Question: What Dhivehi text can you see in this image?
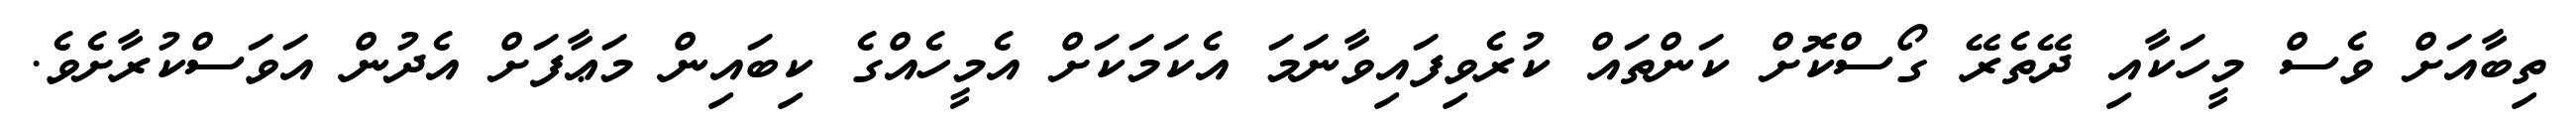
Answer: ތިބާއަށް ވެސް މީހަކާއި ދޭތެރޭ ގޯސްކޮށް ކަންތައް ކުރެވިފައިވާނަމަ އެކަމަކަށް އެމީހެއްގެ ކިބައިން މަޢާފަށް އެދުން އަވަސްކުރާށެވެ.